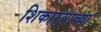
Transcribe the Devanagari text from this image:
शिकाऱ्याच्या